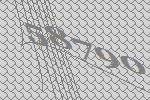
58790